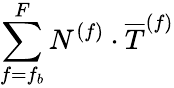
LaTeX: \sum_{f=f_{b}}^{F}N^{(f)}\cdot\overline{{T}}^{(f)}